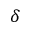
\delta